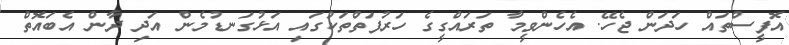
އޮފީސްތައް ހަދަން ޖެހޭ. އެހެންވީމާ ތަރައްގީގެ ހަރުފަތްތަކުގައި އަޅުގަނޑުމެން އަދި ދާން އެބައޮތް